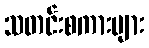
သတင်းစကားများ